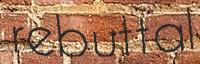
rebuttal